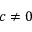
c \neq 0